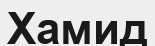
Хамид